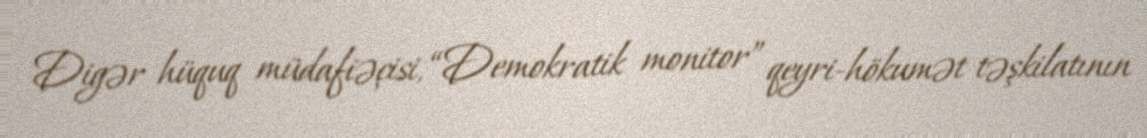
Digər hüquq müdafiəçisi, “Demokratik monitor” qeyri-hökumət təşkilatının